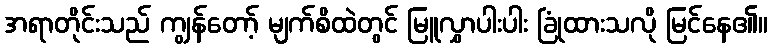
အရာတိုင်းသည် ကျွန်တော့် မျက်စိထဲတွင် မြူလွှာပါးပါး ခြုံထားသလို မြင်နေ၏။